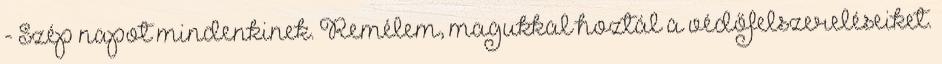
- Szép napot mindenkinek. Remélem, magukkal hoztál a védőfelszereléseiket.